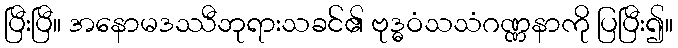
ပြီးပြီ။ အနောမဒဿီဘုရားသခင်၏ ဗုဒ္ဓဝံသသံဂဏ္ဏနာကို ပြပြီး၍။